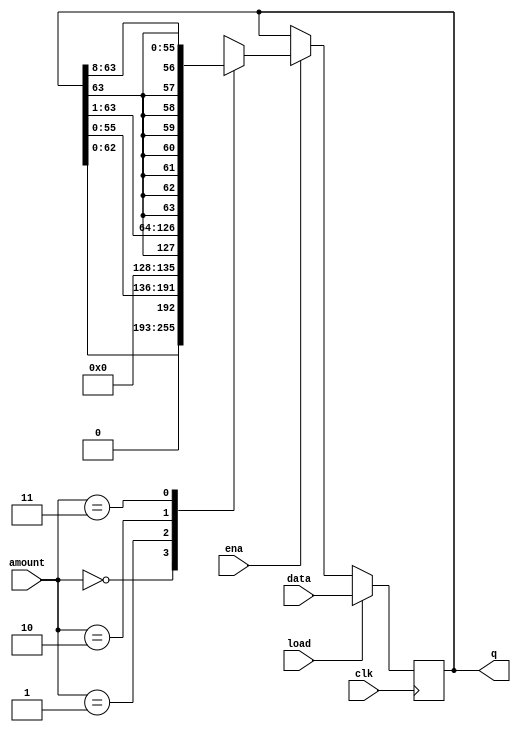
module top_module(
    input clk,
    input load,
    input ena,
    input [1:0] amount,
    input [63:0] data,
    output reg [63:0] q); 
    always @(posedge clk)
        begin
            if(load)
                q<=data;
            else if(ena)
                begin
                    case(amount)
                        0:q<={q[62:0],1'b0};
                        1:q<={q[55:0],8'b0};
                        2:q<={q[63],q[63:1]};
                        3:q<={{8{q[63]}},q[63:8]};
                    endcase
                end
        end
                              

endmodule